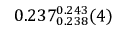
0 . 2 3 7 _ { 0 . 2 3 8 } ^ { 0 . 2 4 3 } ( 4 )